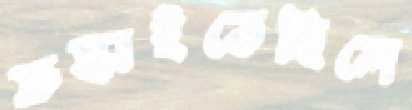
ফস্‌কাইতেছিলে